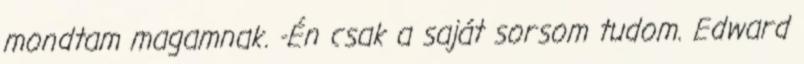
mondtam magamnak. -Én csak a saját sorsom tudom. Edward